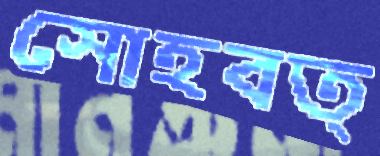
সোহবত্